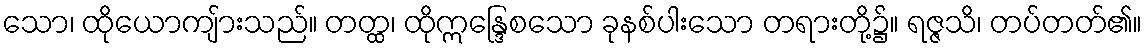
သော၊ ထိုယောကျ်ားသည်။ တတ္ထ၊ ထိုဣန္ဒြေစသော ခုနစ်ပါးသော တရားတို့၌။ ရဇ္ဇသိ၊ တပ်တတ်၏။